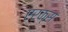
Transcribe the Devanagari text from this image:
एरक्स